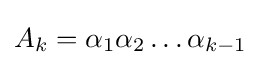
A_{k}=\alpha _{1}\alpha _{2}\dots \alpha _{k-1}